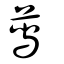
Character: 蕮